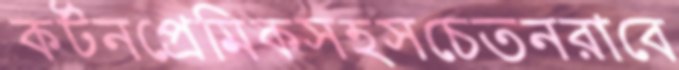
কর্টনপ্রেমিকসহসচেতনরাবে